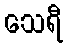
သေရီ